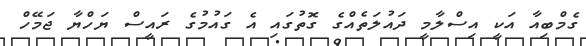
ގެމްބިއާ އަކީ އިސްލާމީ ދައުލަތެއްގެ ގޮތުގައި އެ ގައުމުގެ ރައީސް ޔަހްޔާ ޖަމޭހް